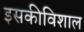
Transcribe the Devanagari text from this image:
इसकीविशाल